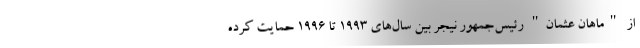
از "ماهان عثمان" رئیس‌جمهور نیجر بین سال‌های 1993 تا 1996 حمایت کرده